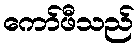
ကော်ဖီသည်